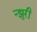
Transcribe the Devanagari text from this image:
न्झुरी